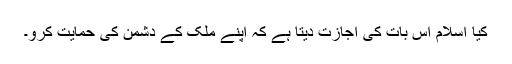
کیا اسلام اس بات کی اجازت دیتا ہے کہ اپنے ملک کے دشمن کی حمایت کرو۔